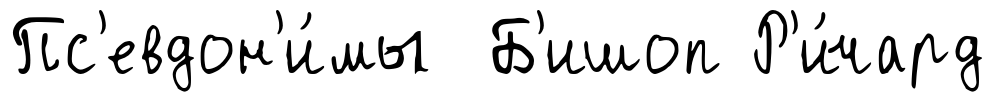
Пс'евдон'и́мы Б'ишоп Р'и́чард